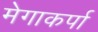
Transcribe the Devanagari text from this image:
मेगाकर्पा